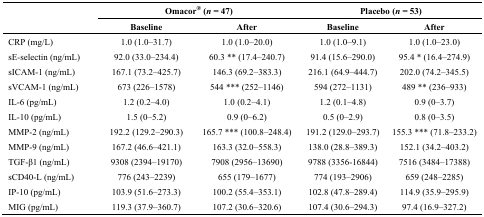
<table><thead><tr><td rowspan="2"></td><td colspan="2"><b>Omacor<sup>®</sup> (<i>n</i> = 47)</b></td><td colspan="2"><b>Placebo (<i>n</i> = 53)</b></td></tr><tr><td><b>Baseline</b></td><td><b>After</b></td><td><b>Baseline</b></td><td><b>After</b></td></tr></thead><tbody><tr><td>CRP (mg/L)</td><td>1.0 (1.0–31.7)</td><td>1.0 (1.0–20.0)</td><td>1.0 (1.0–9.1)</td><td>1.0 (1.0–23.0)</td></tr><tr><td>sE<i>-</i>selectin (ng/mL)</td><td>92.0 (33.0–234.4)</td><td>60.3 ** (17.4-240.7) </td><td>91.4 (15.6–290.0)</td><td>95.4 * (16.4–274.9)</td></tr><tr><td>sICAM-1 (ng/mL)</td><td>167.1 (73.2–425.7)</td><td>146.3 (69.2–383.3)</td><td>216.1 (64.9–444.7)</td><td>202.0 (74.2–345.5)</td></tr><tr><td>sVCAM-1 (ng/mL)</td><td>673 (226–1578)</td><td>544 *** (252–1146)</td><td>594 (272–1131)</td><td>489 ** (236–933)</td></tr><tr><td>IL-6 (pg/mL)</td><td>1.2 (0.2–4.0)</td><td>1.0 (0.2–4.1)</td><td>1.2 (0.1–4.8)</td><td>0.9 (0–3.7)</td></tr><tr><td>IL-10 (pg/mL)</td><td>1.5 (0–5.2)</td><td>0.9 (0–6.2)</td><td>0.5 (0–2.9)</td><td>0.8 (0–3.5)</td></tr><tr><td>MMP-2 (ng/mL)</td><td>192.2 (129.2–290.3)</td><td>165.7 *** (100.8–248.4)</td><td>191.2 (129.0–293.7)</td><td>155.3 *** (71.8–233.2)</td></tr><tr><td>MMP-9 (ng/mL)</td><td>167.2 (46.6–421.1)</td><td>163.3 (32.0–558.3)</td><td>138.0 (28.8–389.3)</td><td>152.1 (34.2–403.2)</td></tr><tr><td>TGF-β1 (ng/mL)</td><td>9308 (2394–19170)</td><td>7908 (2956–13690)</td><td>9788 (3356–16844)</td><td>7516 (3484–17388)</td></tr><tr><td>sCD40-L (ng/mL)</td><td>776 (243–2239)</td><td>655 (179–1677)</td><td>774 (193–2906)</td><td>659 (248–2285)</td></tr><tr><td>IP-10 (pg/mL)</td><td>103.9 (51.6–273.3)</td><td>100.2 (55.4–353.1)</td><td>102.8 (47.8–289.4)</td><td>114.9 (35.9–295.9)</td></tr><tr><td>MIG (pg/mL)</td><td>119.3 (37.9–360.7)</td><td>107.2 (30.6–320.6)</td><td>107.4 (30.6–294.3)</td><td>97.4 (16.9–327.2)</td></tr></tbody></table>